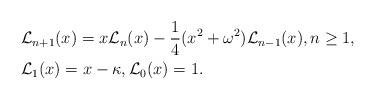
LaTeX: \begin{align*}&\mathcal{L}_{n+1}(x) = x\mathcal{L}_n(x)-\dfrac{1}{4} (x^2+\omega^2)\mathcal{L}_{n-1}(x), n\geq 1, \\& \mathcal{L}_{1}(x)=x-\kappa, \mathcal{L}_{0}(x)=1.\end{align*}